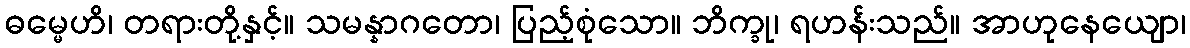
ဓမ္မေဟိ၊ တရားတို့နှင့်။ သမန္နာဂတော၊ ပြည့်စုံသော။ ဘိက္ခု၊ ရဟန်းသည်။ အာဟုနေယျော၊